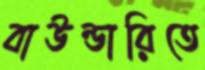
বাউন্ডারিতে